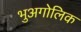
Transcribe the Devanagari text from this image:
भुअगोलिक